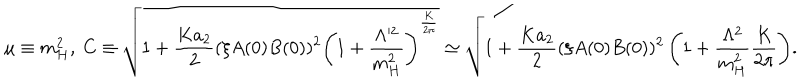
LaTeX: \mu \equiv m _ { H } ^ { 2 } , ~ C \equiv \sqrt { 1 + \frac { K a _ { 2 } } { 2 } ( \xi A ( 0 ) B ( 0 ) ) ^ { 2 } \left( 1 + \frac { \Lambda ^ { 2 } } { m _ { H } ^ { 2 } } \right) ^ { \frac { K } { 2 \pi } } } \simeq \sqrt { 1 + \frac { K a _ { 2 } } { 2 } ( \xi A ( 0 ) B ( 0 ) ) ^ { 2 } \left( 1 + \frac { \Lambda ^ { 2 } } { m _ { H } ^ { 2 } } \frac { K } { 2 \pi } \right) } .